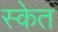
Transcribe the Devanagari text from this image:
स्केत